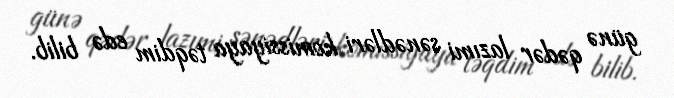
günə qədər lazımi sənədləri komissiyaya təqdim edə bilib.